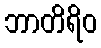
ဘာတိရိဝ